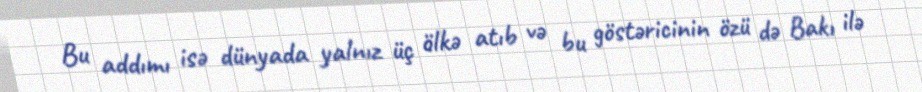
Bu addımı isə dünyada yalnız üç ölkə atıb və bu göstəricinin özü də Bakı ilə